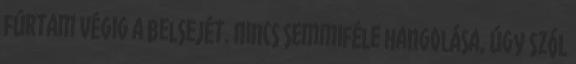
fúrtam végig a belsejét. Nincs semmiféle hangolása, úgy szól